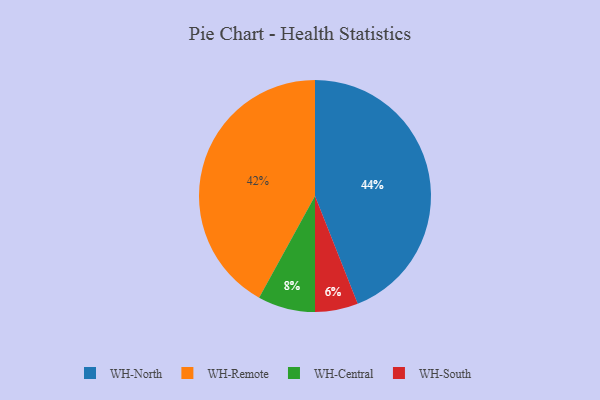
{"axis": {"x": "Category", "y": "Percentage"}, "legend": ["WH-Central", "WH-North", "WH-Remote", "WH-South"], "data": [{"x": "WH-Central", "y": 8, "type": "WH-Central"}, {"x": "WH-North", "y": 44, "type": "WH-North"}, {"x": "WH-Remote", "y": 42, "type": "WH-Remote"}, {"x": "WH-South", "y": 6, "type": "WH-South"}]}